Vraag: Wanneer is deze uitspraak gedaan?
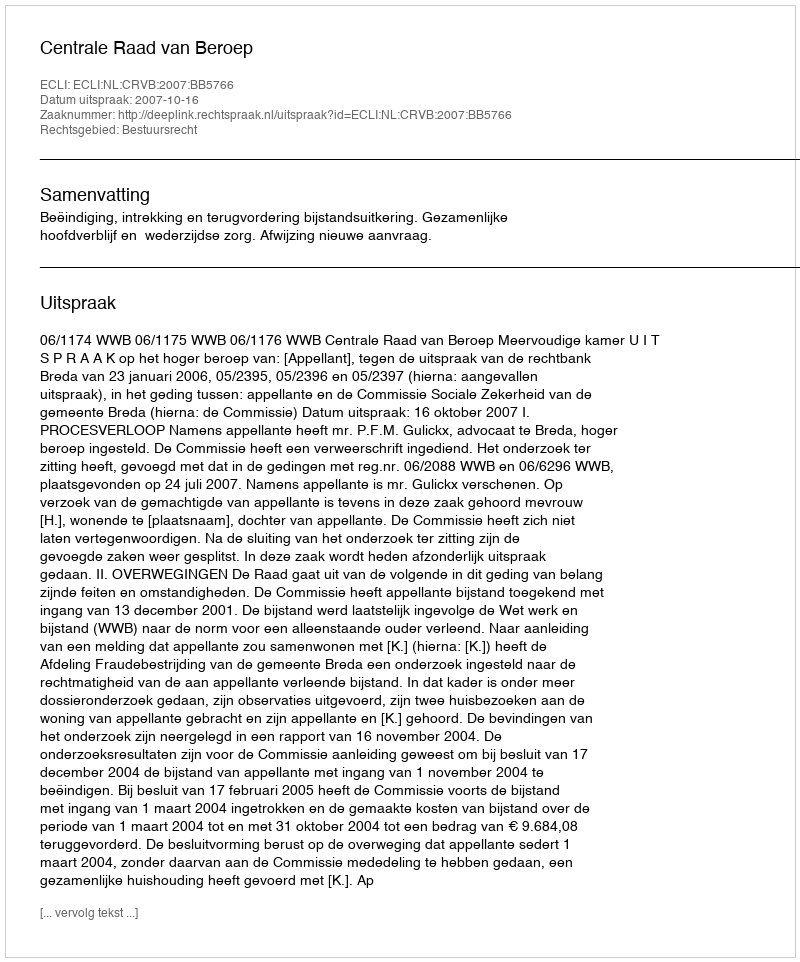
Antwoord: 2007-10-16